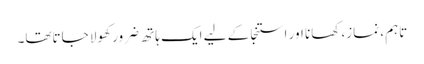
تاہم، نماز، کھانا اور استنجا کے لیے ایک ہاتھ ضرور کھولا جاتاتھا۔